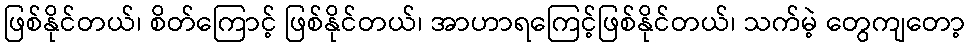
ဖြစ်နိုင်တယ်၊ စိတ်ကြောင့် ဖြစ်နိုင်တယ်၊ အာဟာရကြေင့်ဖြစ်နိုင်တယ်၊ သက်မဲ့ တွေကျတော့